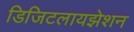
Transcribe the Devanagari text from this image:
डिजिटलायझेशन